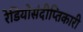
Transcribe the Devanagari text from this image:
रेडियोसंदीप्तिकारी